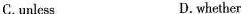
C.unless D. whether